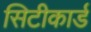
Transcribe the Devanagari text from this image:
सिटीकार्ड